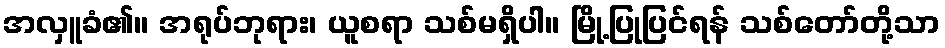
အလှူခံ၏။ အရုပ်ဘုရား၊ ယူစရာ သစ်မရှိပါ။ မြို့ပြုပြင်ရန် သစ်တော်တို့သာ